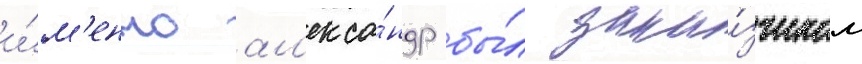
и́м'енно ал'екса́ндр бы́л зака́зчиком